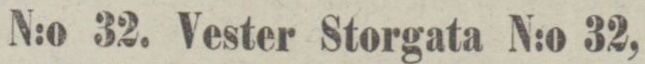
N:o 32. Vester Storgata N:o 32,